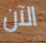
الآن